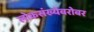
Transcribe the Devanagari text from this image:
लोकसंख्येबरोबर